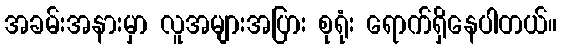
အခမ်းအနားမှာ လူအများအပြား စုရုံး ရောက်ရှိနေပါတယ်။